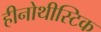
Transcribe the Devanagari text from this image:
हीनोथीस्टिक